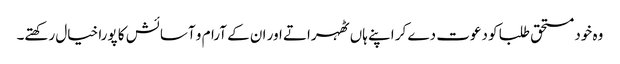
وہ خود مستحق طلبا کو دعوت دے کر اپنے ہاں ٹھہراتے اور ان کے آرام و آسائش کا پورا خیال رکھتے۔